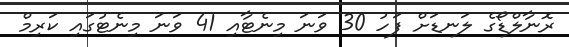
ރޮނާލްޑޯގެ ލަނޑަށް ފަހު 30 ވަނަ މިނެޓާއި 41 ވަނަ މިނެޓުގައި ކަރިމް